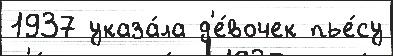
1937 указа́ла д'е́вочек пье́су